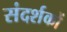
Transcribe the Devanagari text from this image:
संदर्शकों